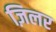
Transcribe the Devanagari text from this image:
ज़िलर